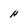
Character: H